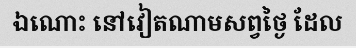
ឯណោះ នៅវៀតណាមសព្វថ្ងៃ ដែល